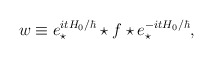
\begin{align*}w\equiv e_\star ^{itH_0/\hbar} \star f \star e_\star ^{-itH_0/\hbar},\end{align*}